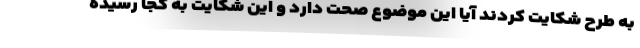
به طرح شکایت کردند آیا این موضوع صحت دارد و این شکایت به کجا رسیده